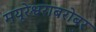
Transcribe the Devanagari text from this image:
मयूरेश्वराबरोबर